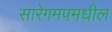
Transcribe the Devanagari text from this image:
सारेगमपमधील